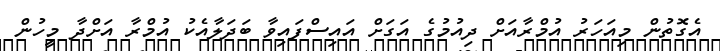
އެގޮތުން މިއަހަރު އުމްރާއަށް ދިއުމުގެ އަގަށް އައިސްފައިވާ ބަދަލާއެކު އުމްރާ އަށްދާ މީހުން